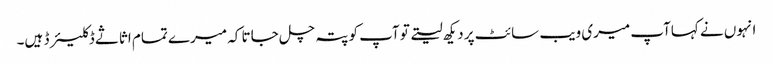
انہوں نے کہاآپ میری ویب سائٹ پر دیکھ لیتے تو آپ کو پتہ چل جاتا کہ میرے تمام اثاثے ڈکلیئرڈ ہیں۔